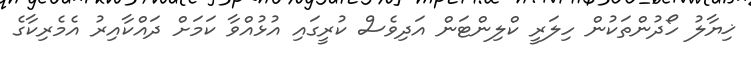
ޚިޔާލު ހޯދުންތަކުން ހިލަރީ ކްލިންޓަން އަދިވެސް ކުރީގައި އުޅުއްވާ ކަމަށް ދައްކާއިރު އެމެރިކާގެ